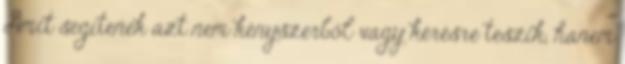
Amit segítenek azt nem kényszerből vagy kérésre teszik, hanem